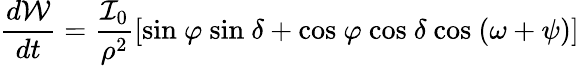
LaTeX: \frac{d\mathcal{W}}{dt}=\frac{\mathcal{I}_{0}}{\rho^{2}}[\textrm{sin}\ \varphi\ \textrm{sin}\ \delta+\textrm{cos}\ \varphi\ \textrm{cos}\ \delta\ \textrm{cos}\ (\omega+\psi)]